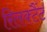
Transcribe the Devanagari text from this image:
रिलक्टैंट